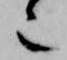
也